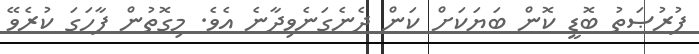
ފުރުޞަތު ބޮޑީ ކޮން ބަޔަކަށް ކަން ދެނެގަނެވިދާނެ އެވެ. މިގޮތުން ފާހަގަ ކުރެވޭ